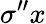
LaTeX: \sigma^{\prime\prime}x